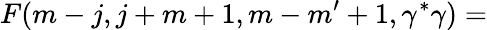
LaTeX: F(m-j,j+m+1,m-m^{\prime}+1,\gamma^{*}\gamma)=